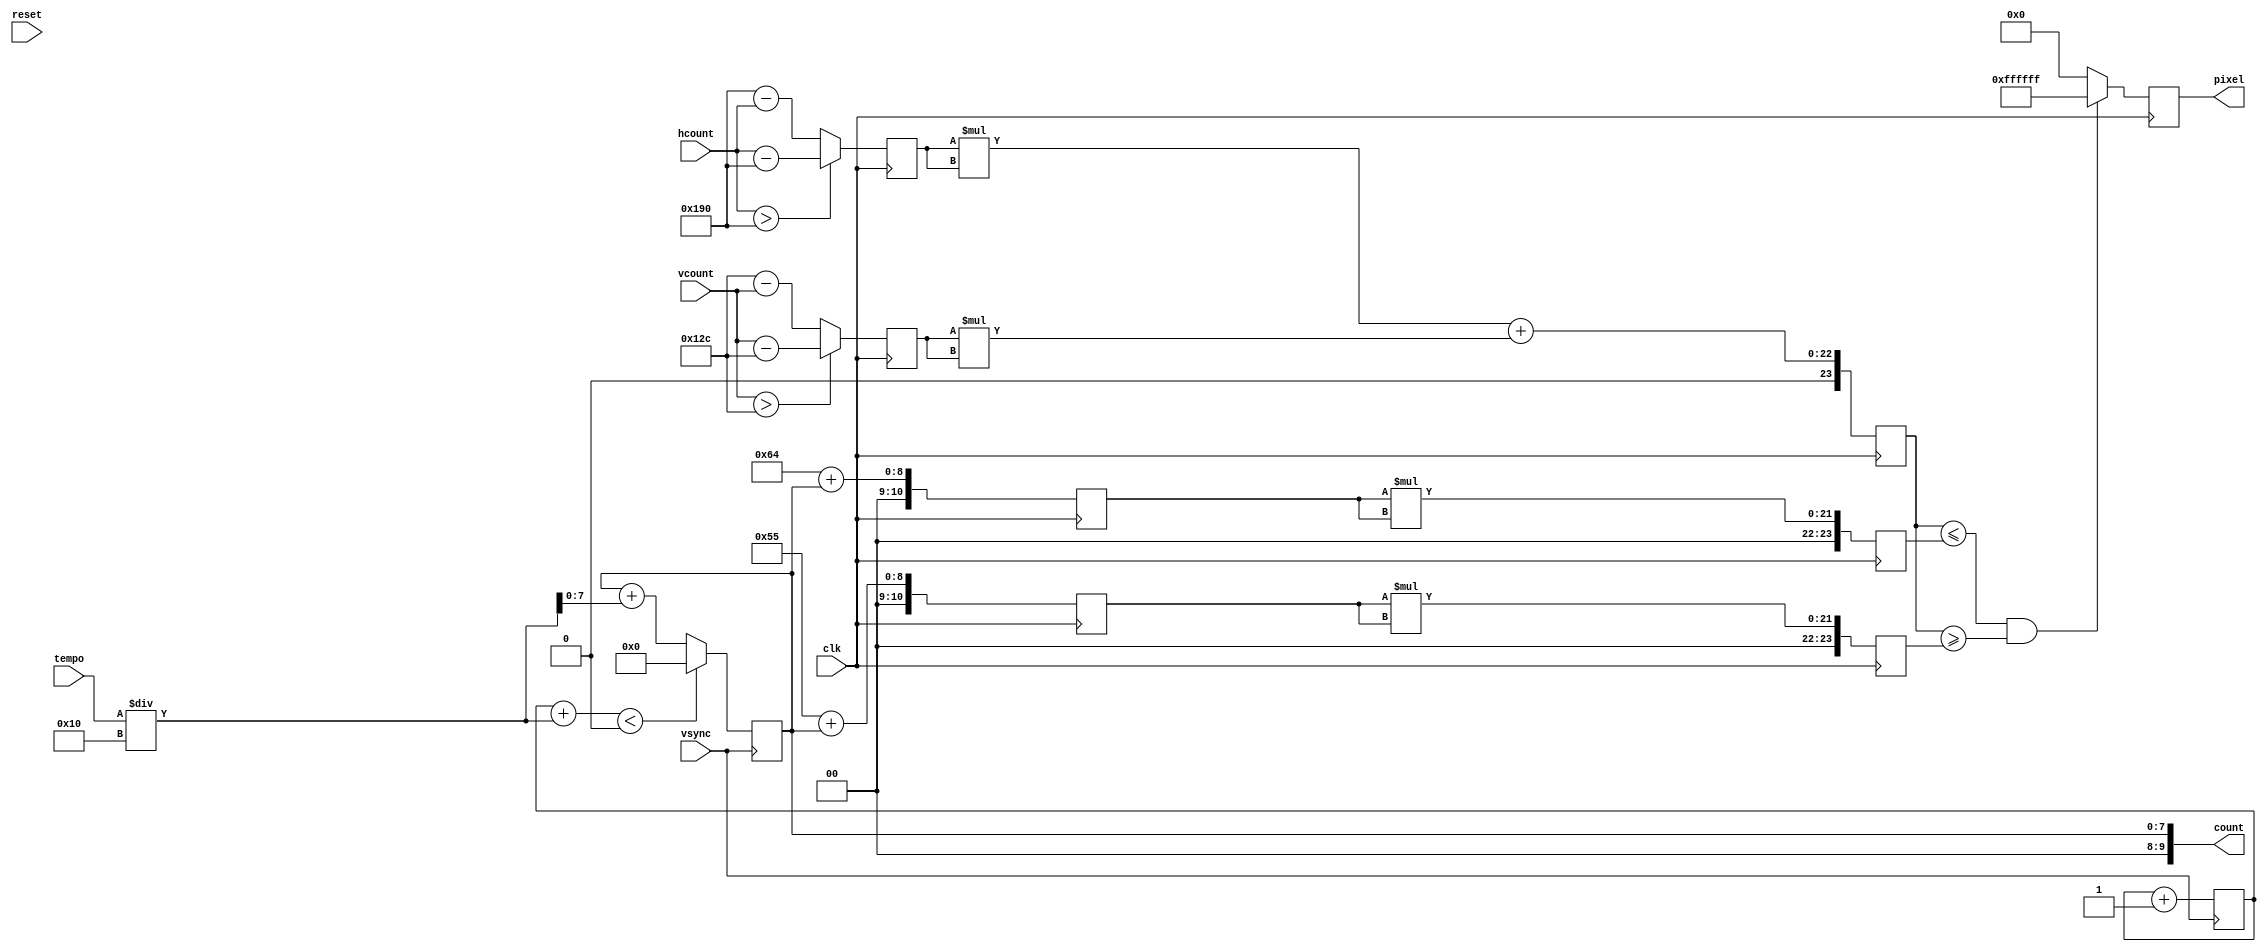
`timescale 1ns / 1ps
//////////////////////////////////////////////////////////////////////////////////
// Company: 
// Engineer: 
// 
// Design Name: 
// Module Name:    moving_circles 
// Project Name: 
// Target Devices: 
// Tool versions: 
// Description: 
//
// Dependencies: 
//
// Revision: 
// Revision 0.01 - File Created
// Additional Comments: 
//
//////////////////////////////////////////////////////////////////////////////////
module moving_circles #(parameter COLOR = 24'hFFFFFF, parameter RAD = 100, 
	parameter START= 0, parameter X = 400, parameter Y = 300)(
	 input clk,
	 input reset,
	 input vsync,
	 input [9:0] tempo,
	 input [10:0] hcount, 
	 input [9:0] vcount,	 
	 output [23:0] pixel,
	 output [9:0] count
	 );
	 	
	 parameter RAD_in = RAD-15;	

	 reg [7:0] rad_count = 0;
	 reg [12:0] counter = 0;
	 reg [23:0] r_sq_out;
	 reg [23:0] r_sq_in;
	 
	 reg [10:0] deltax;
	 reg [9:0] deltay;
	 
	 
	 reg [23:0] pix;
	 reg [23:0] dist_out;
	 reg [23:0] dist_in;
	 reg [10:0] radius_out;
	 reg [10:0] radius_in;
	 
	 always@(posedge clk) begin
			radius_out <= RAD + rad_count;
			radius_in <= RAD_in + rad_count;
			r_sq_out <= radius_out*radius_out;
			r_sq_in <= radius_in*radius_in;
			
			deltax <= (hcount > X) ? (hcount-X) : (X-hcount); 
			deltay <= (vcount > Y) ? (vcount-Y) : (Y-vcount);
			
			dist_out <= deltax*deltax+deltay*deltay;			
			
			if(dist_out <= r_sq_out && dist_out >= r_sq_in) pix <= COLOR; 
			else pix <= 0;
	 end	
	 
	 
	 always@(posedge vsync) begin						
			if (reset) begin
				rad_count <= 0;
				counter <= 0; end			
			if (rad_count == 256) counter <= 0;
			else counter <= counter + 1;			
			rad_count <= ((counter + tempo/16) < START) ? 0 : rad_count + tempo/16; 
	 end
	 
	 assign count = rad_count;
	 assign pixel = pix;

endmodule